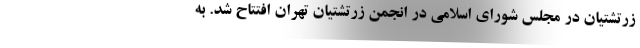
زرتشتیان در مجلس شورای اسلامی در انجمن زرتشتیان تهران افتتاح شد. به